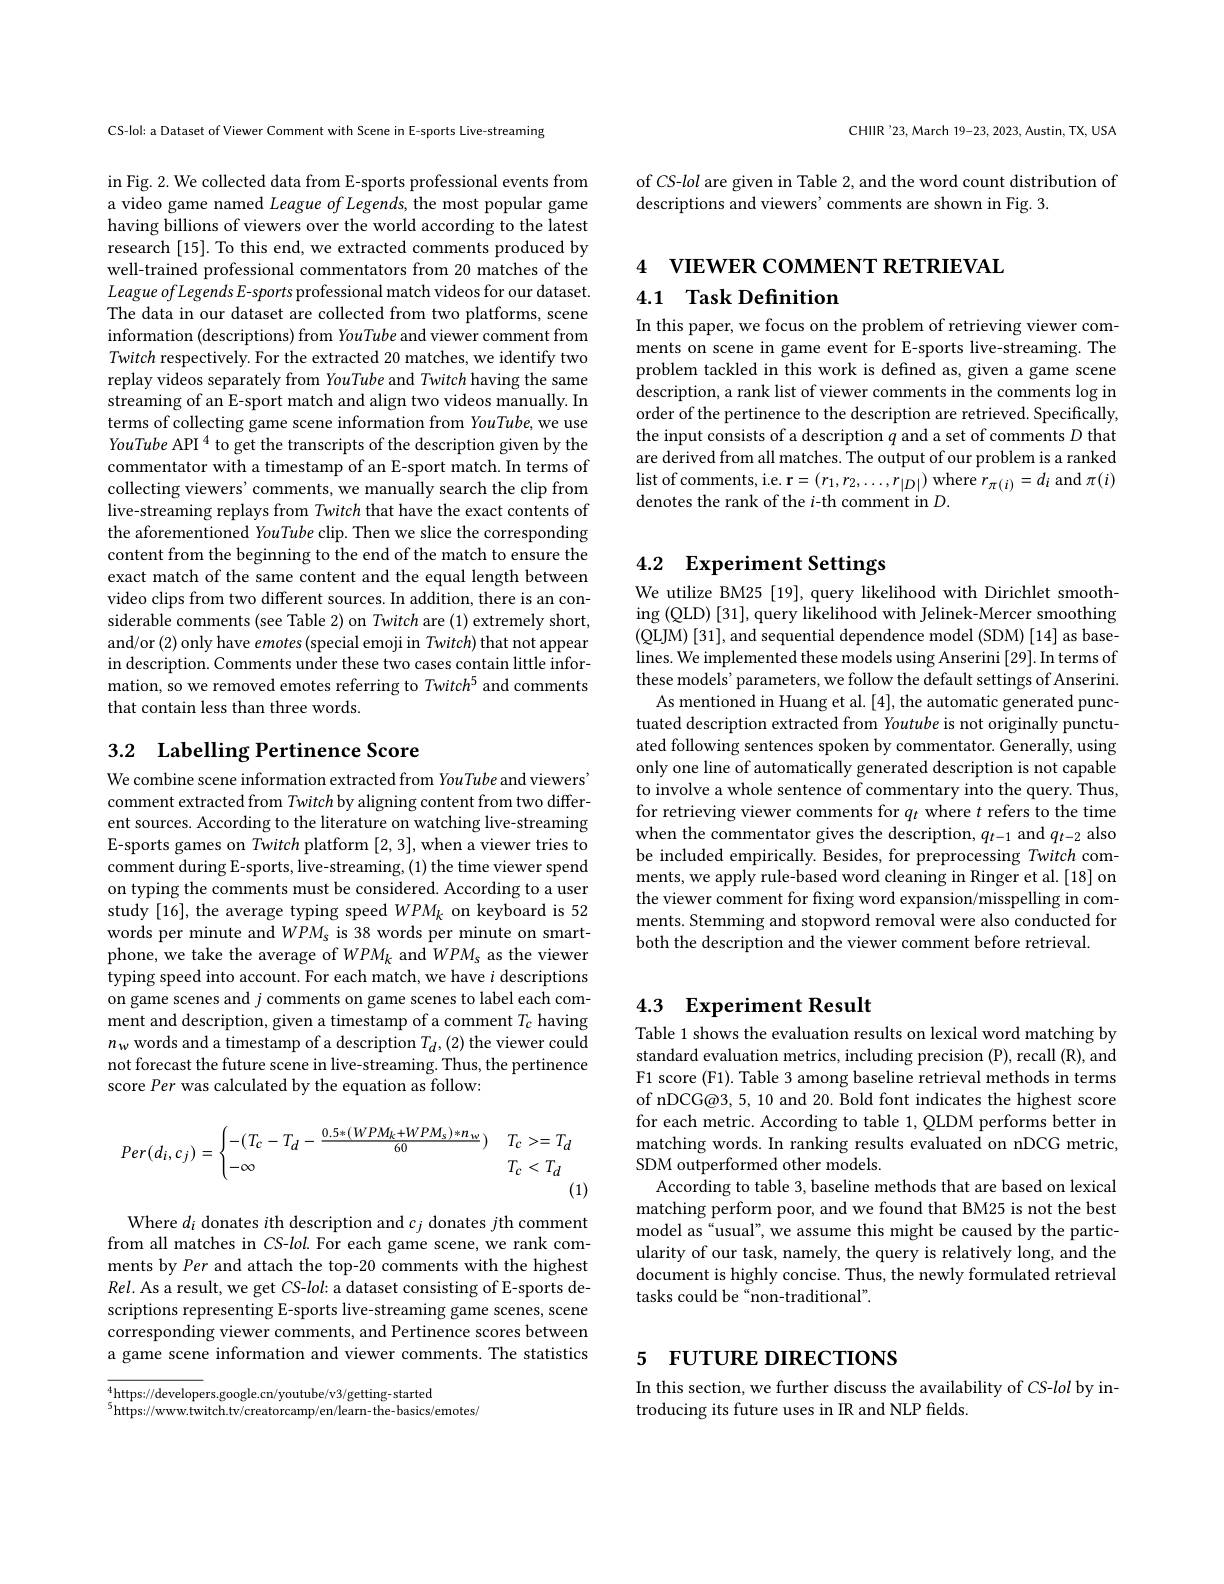
CS-lol: a Dataset of Viewer Comment with Scene in E-sports Live-streaming

in Fig. 2. We collected data from E-sports professional events from a video game named League of Legends, the most popular game having billions of viewers over the world according to the latest research [15]. To this end, we extracted comments produced by well-trained professional commentators from 20 matches of the $LeagueofLegendsE-sports$ professional match videos for our dataset. The data in our dataset are collected from two platforms, scene information (descriptions) from YouTube and viewer comment from Twitch respectively. For the extracted 20 matches, we identify two replay videos separately from YouTube and Twitch having the same streaming of an E-sport match and align two videos manually. In terms of collecting game scene information from YouTube, we use YouTube API $^4$ to get the transcripts of the description given by the commentator with a timestamp of an E-sport match. In terms of collecting viewers' comments, we manually search the clip from live-streaming replays from Twitch that have the exact contents of the aforementioned YouTube clip. Then we slice the corresponding content from the beginning to the end of the match to ensure the exact match of the same content and the equal length between video clips from two different sources. In addition, there is an considerable comments (see Table 2) on Twitch are (1) extremely short, and/or (2) only have emotes (special emoji in Twitch) that not appear in description. Comments under these two cases contain little information, so we removed emotes referring to Twitch$^5$ and comments that contain less than three words.

## 3.2 Labelling Pertinence Score

We combine scene information extracted from YouTube and viewers' comment extracted from Twitch by aligning content from two different sources. According to the literature on watching live-streaming E-sports games on Twitch platform [2,3],when a viewer tries to comment during E-sports, live-streaming, (1) the time viewer spend on typing the comments must be considered. According to a user study [16], the average typing speed $WPM_k$ on keyboard is 52 words per minute and $WPM_{s}$ is 38 words per minute on smartphone, we take the average of WPMk and $WPM_s$ as the viewer typing speed into account. For each match, we have $i$ descriptions on game scenes and $j$ comments on game scenes to label each comment and description, given a timestamp of a comment $T_c$ having $n_w$ words and a timestamp of a description $T_d,(2)$ the viewer could not forecast the future scene in live-streaming. Thus, the pertinence score Per was calculated by the equation as follow:
$$Per(d_i,c_j)=\begin{cases}-(T_c-T_d-\frac{0.5*(WPM_k+WPM_s)*n_w}{60})&T_c>=T_d\\-\infty&T_c<T_d\end{cases}$$
(1)

Where $d_i$ donates $i$th description and $c_j$ donates $j$th comment from all matches in CS-lol. For each game scene, we rank comments by Per and attach the top-20 comments with the highest $Rel.$ As a result, we get CS-lol: a dataset consisting of E-sports descriptions representing E-sports live-streaming game scenes, scene corresponding viewer comments, and Pertinence scores between a game scene information and viewer comments. The statistics

$^{4}$https://developers.google.cn/youtube/v3/getting-started
$^{5}$https://www.twitch.tv/creatorcamp/en/learn-the-basics/emotes/

CHIIR'23,March 19-23,2023, Austin, TX, USA

of CS-lol are given in Table 2, and the word count distribution of
descriptions and viewers' comments are shown in Fig. 3.

4 VIEWER COMMENT RETRIEVAL

## 4.1 Task Definition

In this paper, we focus on the problem of retrieving viewer comments on scene in game event for E-sports live-streaming. The problem tackled in this work is defined as, given a game scene description, a rank list of viewer comments in the comments $\log$ in order of the pertinence to the description are retrieved. Specifically, the input consists of a description $q$ and a set of comments $D$ that are derived from all matches. The output of our problem is a ranked $\operatorname*{list~of~comments,~i.e.~r=(r_{1},r_{2},\ldots,r_{|D|})~where~}r_{\pi(i)}=d_{i}$ and $\pi(i)$ denotes the rank of the $i$-th comment in $D.$

# 4.2 Experiment Settings

We utilize BM25 [19], query likelihood with Dirichlet smoothing (QLD) [31], query likelihood with Jelinek-Mercer smoothing (QLJM) [31], and sequential dependence model (SDM) [14] as baselines. We implemented these models using Anserini [29]. In terms of these models' parameters, we follow the default settings of Anserini. As mentioned in Huang et al. [4], the automatic generated punc-
tuated description extracted from Youtube is not originally punctuated following sentences spoken by commentator. Generally, using only one line of automatically generated description is not capable to involve a whole sentence of commentary into the query. Thus, for retrieving viewer comments for $q_t$ where $t$ refers to the time when the commentator gives the description, $q_t-1$ and $q_t-2$ also be included empirically. Besides, for preprocessing Twitch comments, we apply rule-based word cleaning in Ringer et al.[18] on the viewer comment for fixing word expansion/misspelling in comments. Stemming and stopword removal were also conducted for both the description and the viewer comment before retrieval.

# 4.3 Experiment Result

Table 1 shows the evaluation results on lexical word matching by standard evaluation metrics, including precision (P), recall (R), and F1 score (F1). Table 3 among baseline retrieval methods in terms of nDCG@3, 5, 10 and 20. Bold font indicates the highest score for each metric. According to table 1, QLDM performs better in matching words. In ranking results evaluated on nDCG metric, SDM outperformed other models.
According to table 3, baseline methods that are based on lexical matching perform poor, and we found that BM25 is not the best model as“usual”, we assume this might be caused by the particularity of our task, namely, the query is relatively long, and the document is highly concise. Thus, the newly formulated retrieval tasks could be “non-traditional”.

# 5 FUTURE DIRECTIONS

In this section, we further discuss the availability of CS-lol by in-
troducing its future uses in IR and NLP fields.